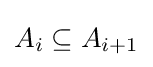
A_{i}\subseteq A_{i+1}